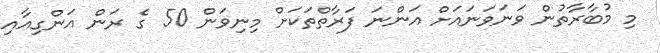
މި މުބާރާތުން ވަނަވަނައަށް އަންނަ ފަރާތްތަކަށް މިނިވަން 50 ގެ ރަން އަންގިއާއި